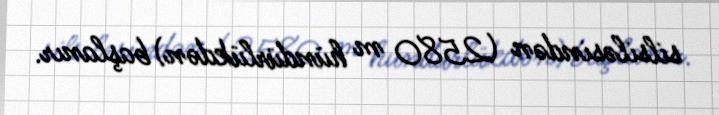
silsiləsindən (2580 m hündürlükdən) başlanır.